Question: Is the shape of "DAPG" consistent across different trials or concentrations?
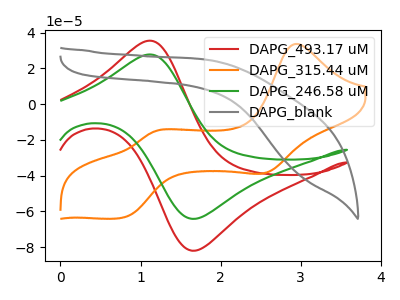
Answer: <think>The red curve "DAPG_493.17 uM" has an anodic peak at (1.10V, 35.50uA) and a cathodic peak at (1.70V, -81.90uA). The orange curve "DAPG_315.44 uM" has anodic peaks at (2.95V, 33.70uA) (1.15V, -15.35uA) and cathodic peaks at (2.55V, -38.35uA) (0.75V, -63.60uA). The green curve "DAPG_246.58 uM" has an anodic peak at (1.10V, 27.75uA) and a cathodic peak at (1.70V, -64.10uA). The gray curve "DAPG_blank" has no peaks.
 "DAPG_493.17 uM" and "DAPG_315.44 uM" have a different number of peaks. All the peaks in "DAPG_493.17 uM" have a peak in "DAPG_246.58 uM" at the same potential. Every peak in "DAPG_493.17 uM" is higher than every peak in "DAPG_246.58 uM". "DAPG_493.17 uM" and "DAPG_blank" have a different number of peaks. "DAPG_315.44 uM" and "DAPG_246.58 uM" have a different number of peaks. "DAPG_315.44 uM" and "DAPG_blank" have a different number of peaks. "DAPG_246.58 uM" and "DAPG_blank" have a different number of peaks.</think>
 <answer>All the CV's of "DAPG" have similar shape.</answer>
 <eval>follow_rule</eval>